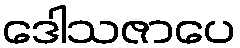
ဒေါသဇာပေ